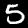
Digit: 5